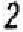
2